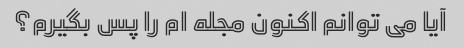
آیا می توانم اکنون مجله ام را پس بگیرم؟